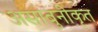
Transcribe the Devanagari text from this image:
असाबुनीकृत